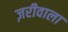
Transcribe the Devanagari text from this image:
ज़रीवाला